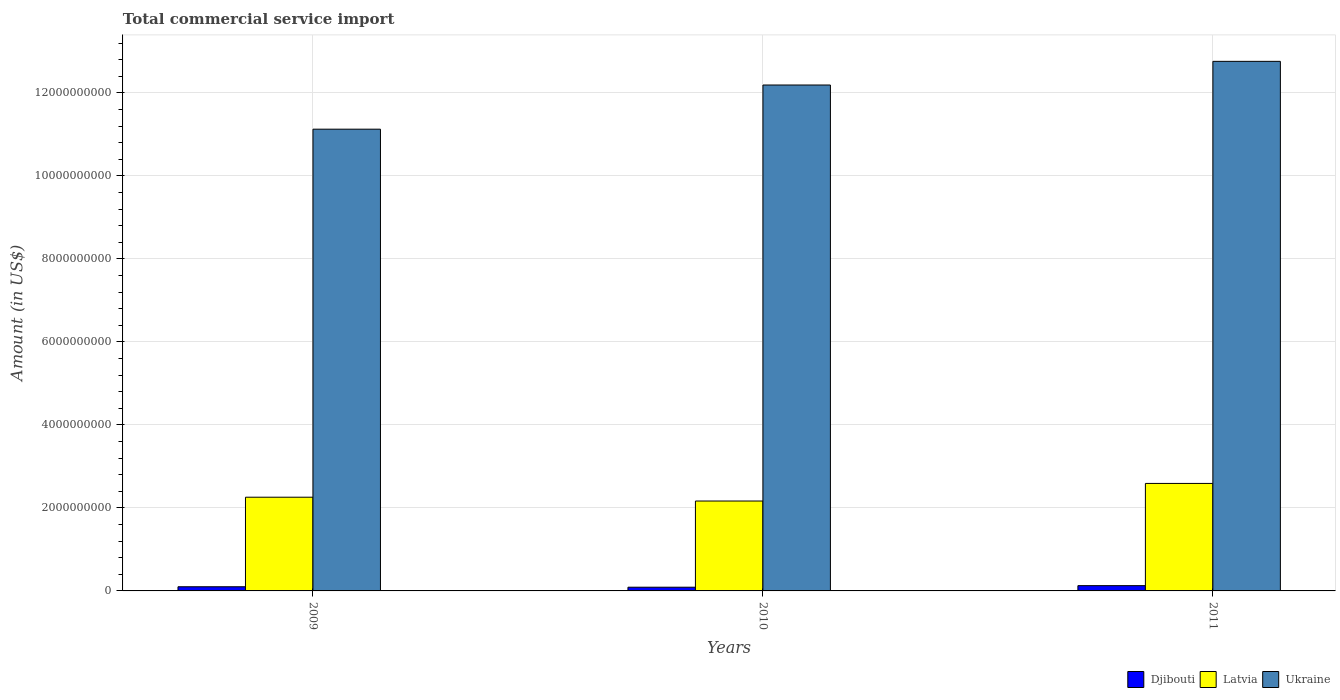
| Years | Djibouti | Latvia | Ukraine |
 | --- | --- | --- | --- |
 | 2009 | 1e+08 | 2.26e+09 | 1.11e+10 |
 | 2010 | 8.92e+07 | 2.17e+09 | 1.22e+10 |
 | 2011 | 1.27e+08 | 2.59e+09 | 1.28e+10 |